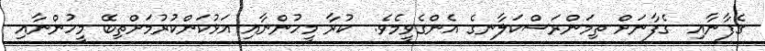
ގެފާނާއި  ގެފާނަށް ތިމަންރަސްކަލާނގެ އެންގެވީމެވެ.  ކުރާ މީހުންނާއި އަޅުކަންކުރުމަށްތިބޭ މީހުންނާއި